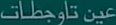
تعين تأوجطات